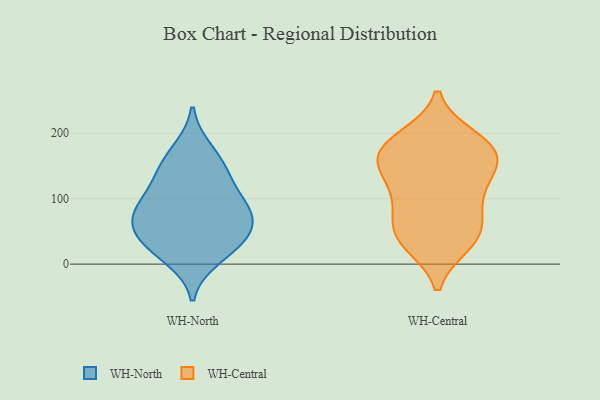
{"axis": {"x": "Churn Rate (%)", "y": "Value"}, "legend": ["WH-Central", "WH-North"], "data": [{"x": "", "y": 94, "type": "WH-North"}, {"x": "", "y": 77, "type": "WH-North"}, {"x": "", "y": 174, "type": "WH-North"}, {"x": "", "y": 73, "type": "WH-North"}, {"x": "", "y": 142, "type": "WH-North"}, {"x": "", "y": 48, "type": "WH-North"}, {"x": "", "y": 144, "type": "WH-North"}, {"x": "", "y": 31, "type": "WH-North"}, {"x": "", "y": 10, "type": "WH-North"}, {"x": "", "y": 105, "type": "WH-North"}, {"x": "", "y": 32, "type": "WH-North"}, {"x": "", "y": 66, "type": "WH-North"}, {"x": "", "y": 129, "type": "WH-Central"}, {"x": "", "y": 131, "type": "WH-Central"}, {"x": "", "y": 175, "type": "WH-Central"}, {"x": "", "y": 39, "type": "WH-Central"}, {"x": "", "y": 33, "type": "WH-Central"}, {"x": "", "y": 178, "type": "WH-Central"}, {"x": "", "y": 44, "type": "WH-Central"}, {"x": "", "y": 191, "type": "WH-Central"}, {"x": "", "y": 149, "type": "WH-Central"}, {"x": "", "y": 171, "type": "WH-Central"}, {"x": "", "y": 86, "type": "WH-Central"}, {"x": "", "y": 95, "type": "WH-Central"}, {"x": "", "y": 53, "type": "WH-Central"}, {"x": "", "y": 173, "type": "WH-Central"}]}